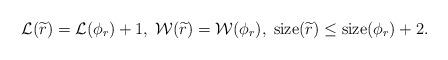
LaTeX: \begin{align*}\mathcal{L}(\widetilde{r})=\mathcal{L}(\phi_r)+1,\;\mathcal{W}(\widetilde{r})=\mathcal{W}(\phi_r),\;{\rm size}(\widetilde{r})\leq{\rm size}(\phi_r)+2.\end{align*}